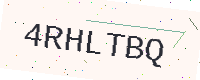
Text: 4RHLTBQ